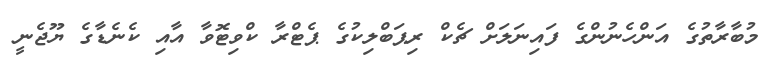
މުބާރާތުގެ އަންހެނުންގެ ފައިނަލަށް ޗެކް ރިޕަބްލިކުގެ ޕެޓްރާ ކްވިޓޮވާ އާއި ކެނެޑާގެ ޔޫޖެނީ